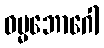
ဓမ္မဘောဂေါ